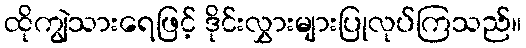
ထိုကျွဲသားရေဖြင့် ဒိုင်းလွှားများပြုလုပ်ကြသည်။